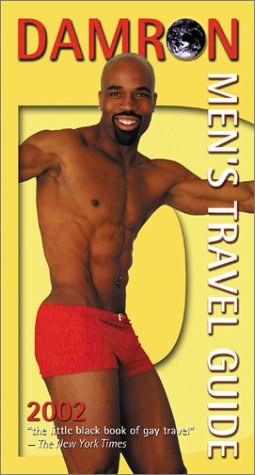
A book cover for DAMRON MEN'S GUIDE 2002- P (Damron Men's Travel Guide); Gay & Lesbian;